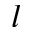
l